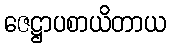
ဇေဋ္ဌာပစာယိတာယ